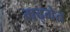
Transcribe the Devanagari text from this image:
गद्गेत